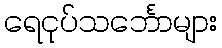
ရေငုပ်သင်္ဘောများ